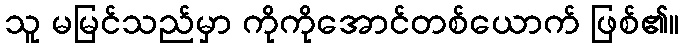
သူ မမြင်သည်မှာ ကိုကိုအောင်တစ်ယောက် ဖြစ်၏။